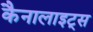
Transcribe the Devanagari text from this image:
कैनालाइट्स